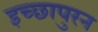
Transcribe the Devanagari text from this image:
इच्छापुरन